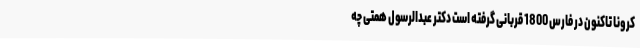
کرونا تاکنون در فارس 1800 قربانی گرفته است دکتر عبدالرسول همتی چه